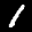
Label: 1